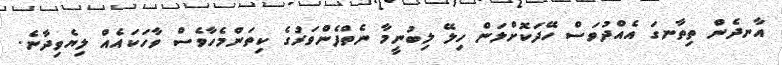
އާނދެން ތިތާނގަ އެއްދުވަސް ހޭދަކޮށްލަން ހިލޭ ލިބުނީމާ ނެތްފެންވަރުގެ ކިތަންމެހާވެސް ވާހަކައެއް ލިޔެވިދާނެ.